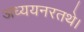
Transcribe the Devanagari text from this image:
अध्ययनरतथे।